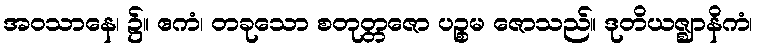
အဝသာနေ၊ ၌။ ဧကံ၊ တခုသော စတုတ္တဇော ပဉ္စမ ဇောသည်။ ဒုတိယဇ္ဈာနိကံ၊